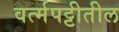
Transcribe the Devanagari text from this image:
वर्त्मपट्टीतील